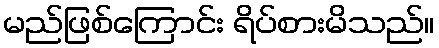
မည်ဖြစ်ကြောင်း ရိပ်စားမိသည်။